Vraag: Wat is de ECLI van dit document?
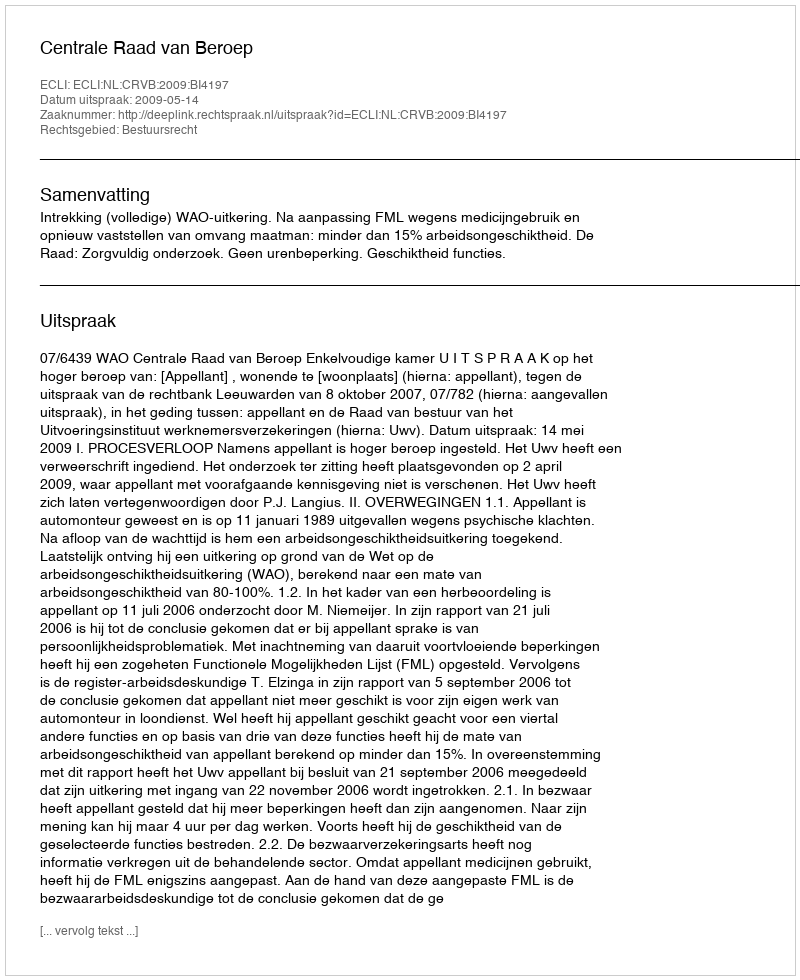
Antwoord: ECLI:NL:CRVB:2009:BI4197